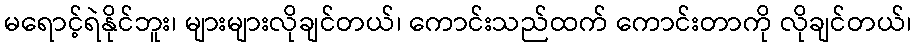
မရောင့်ရဲနိုင်ဘူး၊ များများလိုချင်တယ်၊ ကောင်းသည်ထက် ကောင်းတာကို လိုချင်တယ်၊